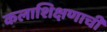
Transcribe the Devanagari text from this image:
कलाशिक्षणाची